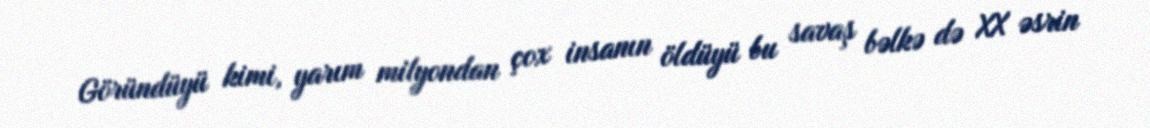
Göründüyü kimi, yarım milyondan çox insanın öldüyü bu savaş bəlkə də XX əsrin